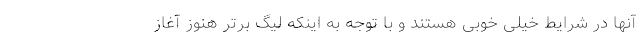
آنها در شرایط خیلی خوبی هستند و با توجه به اینکه لیگ برتر هنوز آغاز